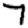
Digit: 7